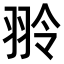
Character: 𫅤